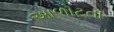
આળોટતા